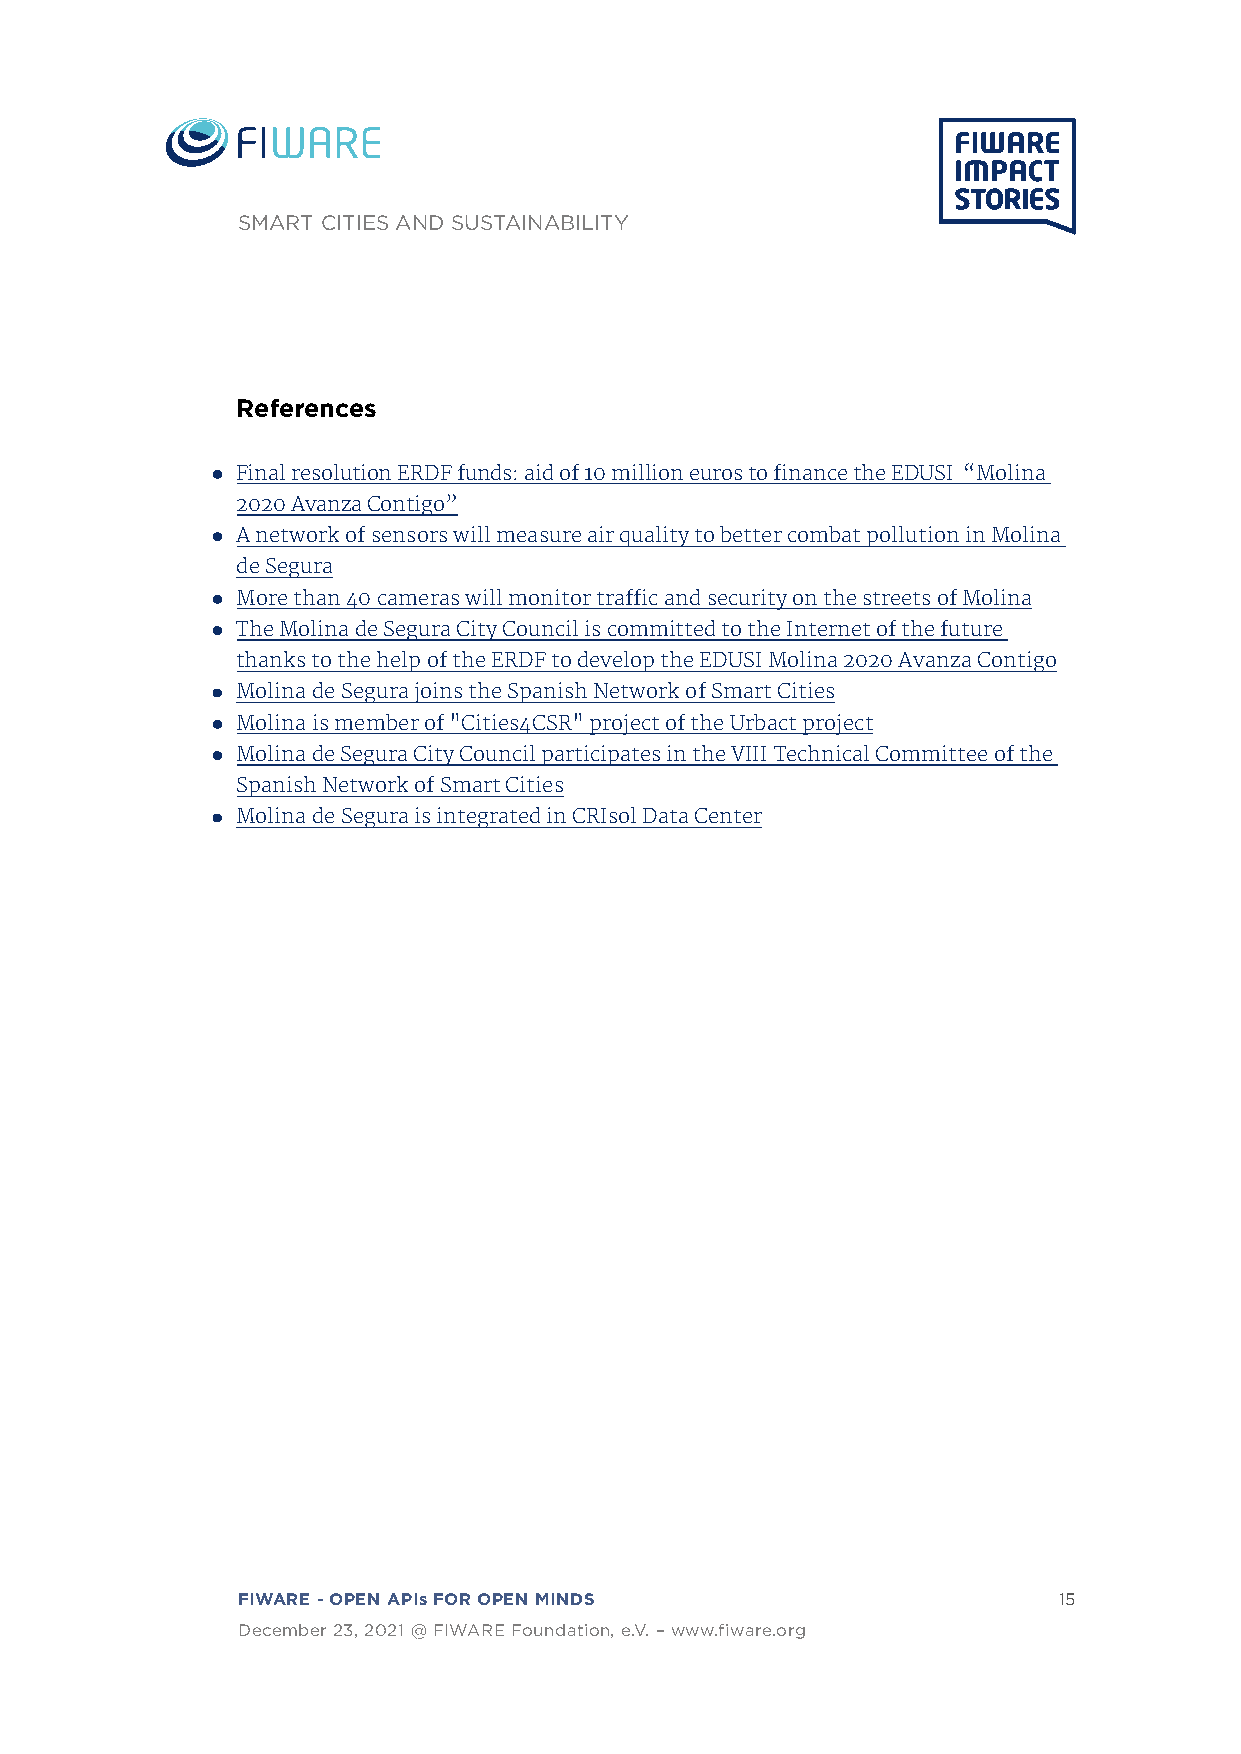
SMART CITIES AND SUSTAINABILITY
 References
 Final resolution ERDF funds: aid of 10 million euros to finance the EDUSI “Molina
 2020 Avanza Contigo”
 A network of sensors will measure air quality to better combat pollution in Molina
 de Segura
 More than 40 cameras will monitor traffic and security on the streets of Molina
 The Molina de Segura City Council is committed to the Internet of the future
 thanks to the help of the ERDF to develop the EDUSI Molina 2020 Avanza Contigo
 Molina de Segura joins the Spanish Network of Smart Cities
 Molina is member of "Cities4CSR" project of the Urbact project
 Molina de Segura City Council participates in the VIII Technical Committee of the
 Spanish Network of Smart Cities
 Molina de Segura is integrated in CRIsol Data Center
 FIWARE - OPEN APIs FOR OPEN MINDS                     15
 December 23, 2021 @ FIWARE Foundation, e.V. – www.fiware.org